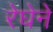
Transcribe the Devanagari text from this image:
रेघेने